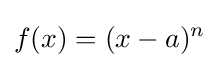
f(x)=(x-a)^{n}